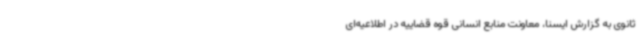
ثانوی به گزارش ایسنا، معاونت منابع انسانی قوه قضاییه در اطلاعیه‌ای